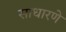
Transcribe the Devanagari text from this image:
साधारणे